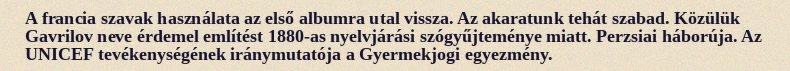
A francia szavak használata az első albumra utal vissza. Az akaratunk tehát szabad. Közülük Gavrilov neve érdemel említést 1880-as nyelvjárási szógyűjteménye miatt. Perzsiai háborúja. Az UNICEF tevékenységének iránymutatója a Gyermekjogi egyezmény.